Problem: 42 + 35 = ?
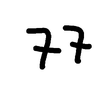
Handwritten answer: 77